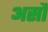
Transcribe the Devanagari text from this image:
असौ